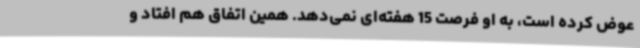
عوض کرده است، به او فرصت 15 هفته‌ای نمی‌دهد. همین اتفاق هم افتاد و